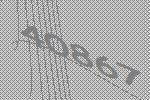
40867